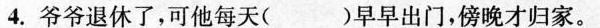
4.爷爷退休了，可他每天( )早早出门，傍晚才归家